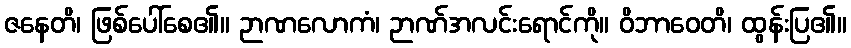
ဇနေတိ၊ ဖြစ်ပေါ်စေ၏။ ဉာဏလောကံ၊ ဉာဏ်အလင်းရောင်ကို။ ဝိဘာဝေတိ၊ ထွန်းပြ၏။